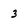
Character: 3